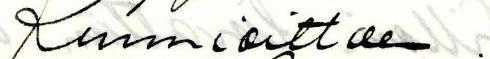
Kunnioittaen.